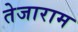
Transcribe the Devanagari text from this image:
तेजाराम